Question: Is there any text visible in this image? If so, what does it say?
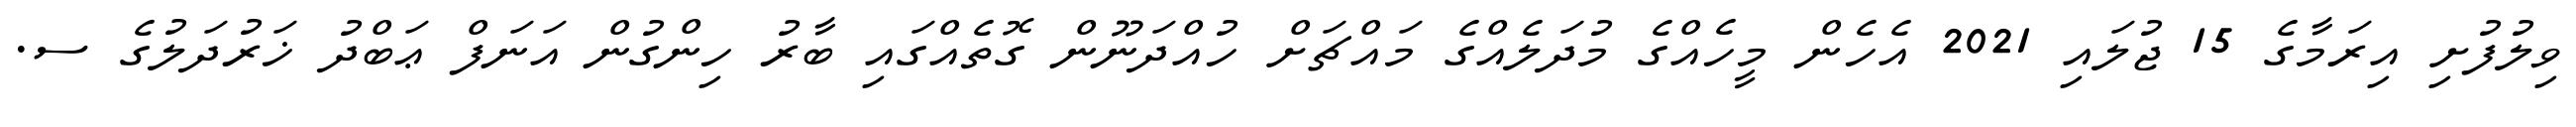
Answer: ވިލުފުށި އިރަމާގެ 15 ޖުލައި 2021 އެހެން މީހެއްގެ މުދަލެއްގެ މައްޗަށް ހުއްދަނޫން ގޮތެއްގައި ބާރު ހިންގުން އަނަފް ޢަބްދު ޚަރުދަލުގެ ސ.